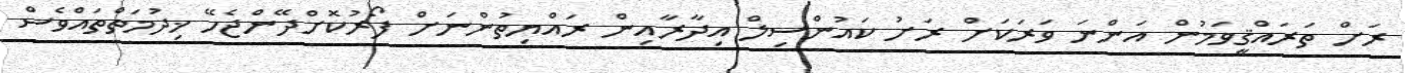
ރަށް ތަރައްޤީވަމުން އަންނަ ވަރަކަށް ރަށު ކައުންސިލް އިދާރާއިން ރައްޔިތުންނަށް ފޯރުކޮށްދޭންޖެހޭ ޚިދުމަތްތައްވެސް